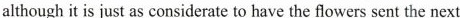
although it is just as considerate to have the flowers sent the next